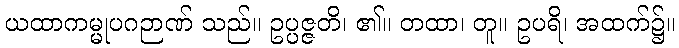
ယထာကမ္မုပဂဉာဏ် သည်။ ဥပ္ပဇ္ဇတိ၊ ၏။ တထာ၊ တူ။ ဥပရိ၊ အထက်၌။